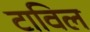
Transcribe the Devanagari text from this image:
टाविल